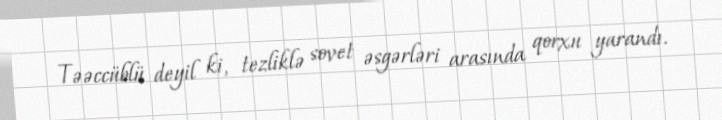
Təəccüblü deyil ki, tezliklə sovet əsgərləri arasında qorxu yarandı.